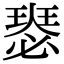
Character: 𤨝